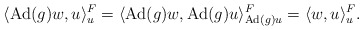
\begin{align*}\langle \mathrm{Ad}(g)w,u\rangle^F_{u}=\langle \mathrm{Ad}(g)w,\mathrm{Ad}(g)u\rangle^F_{\mathrm{Ad}(g)u}=\langle w,u\rangle_u^F.\end{align*}